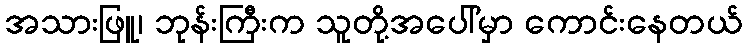
အသားဖြူ၊ ဘုန်းကြီးက သူတို့အပေါ်မှာ ကောင်းနေတယ်